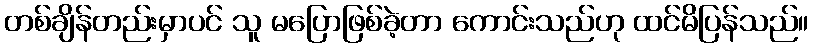
တစ်ချိန်တည်းမှာပင် သူ မပြောဖြစ်ခဲ့တာ ကောင်းသည်ဟု ထင်မိပြန်သည်။